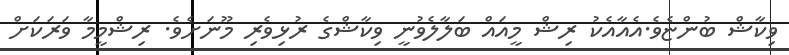
ވިކާޝް ބުންޏެވެ.އެއާއެކު ރިޝް މީއައް ބަލާލެވުނީ ވިކާޝްގެ ރުޅިވެރި މޫނަށެވެ. ރިޝްމީމާ ވަރަކަށް